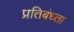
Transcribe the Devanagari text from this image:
प्रतिबंध्ता